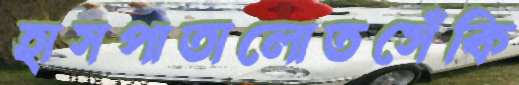
হাসপাতালোতসেঁকি